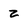
Character: Z